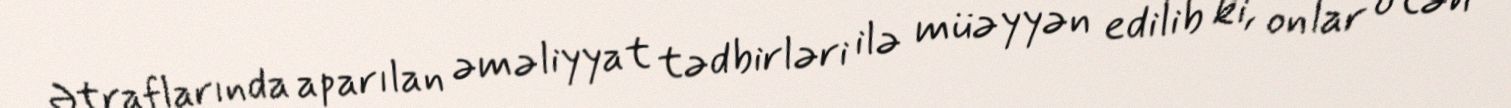
Ətraflarında aparılan əməliyyat tədbirləri ilə müəyyən edilib ki, onlar ötən